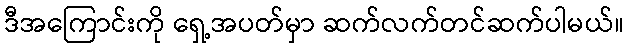
ဒီအကြောင်းကို ရှေ့အပတ်မှာ ဆက်လက်တင်ဆက်ပါမယ်။